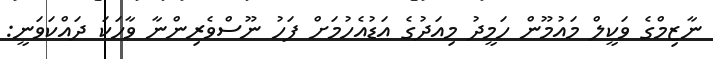
ނާޒިމްގެ ވަކީލް މައުމޫން ހަމީދު މިއަދުގެ އަޑުއެހުމަށް ފަހު ނޫސްވެރިންނާ ވާހަކަ ދައްކަވަނީ: